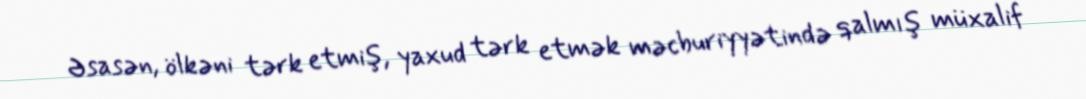
Əsasən, ölkəni tərk etmiş, yaxud tərk etmək məcburiyyətində qalmış müxalif